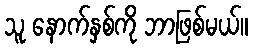
သူ နောက်နှစ်ကို ဘာဖြစ်မယ်။